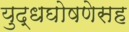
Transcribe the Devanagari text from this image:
युद्धघोषणेसह